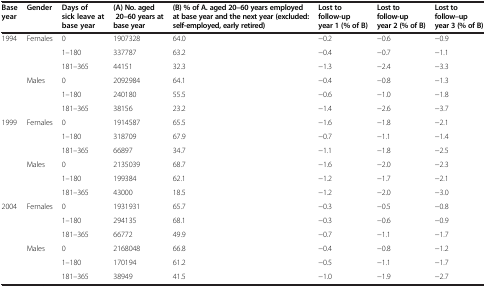
<table><thead><tr><td><b>Base year</b></td><td><b>Gender</b></td><td><b>Days of sick leave at base year</b></td><td><b>(A) No. aged 20–60 years at base year</b></td><td><b>(B) % of A. aged 20–60 years employed at base year and the next year (excluded: self-employed, early retired)</b></td><td><b>Lost to follow-up year 1 (% of B)</b></td><td><b>Lost to follow-up year 2 (% of B)</b></td><td><b>Lost to follow–up year 3 (% of B)</b></td></tr></thead><tbody><tr><td rowspan="6">1994</td><td rowspan="3">Females</td><td>0</td><td>1907328</td><td>64.0</td><td>−0.2</td><td>−0.6</td><td>−0.9</td></tr><tr><td>1–180</td><td>337787</td><td>63.2</td><td>−0.4</td><td>−0.7</td><td>−1.1</td></tr><tr><td>181–365</td><td>44151</td><td>32.3</td><td>−1.3</td><td>−2.4</td><td>−3.3</td></tr><tr><td rowspan="3">Males</td><td>0</td><td>2092984</td><td>64.1</td><td>−0.4</td><td>−0.8</td><td>−1.3</td></tr><tr><td>1–180</td><td>240180</td><td>55.5</td><td>−0.6</td><td>−1.0</td><td>−1.8</td></tr><tr><td>181–365</td><td>38156</td><td>23.2</td><td>−1.4</td><td>−2.6</td><td>−3.7</td></tr><tr><td rowspan="6">1999</td><td rowspan="3">Females</td><td>0</td><td>1914587</td><td>65.5</td><td>−1.6</td><td>−1.8</td><td>−2.1</td></tr><tr><td>1–180</td><td>318709</td><td>67.9</td><td>−0.7</td><td>−1.1</td><td>−1.4</td></tr><tr><td>181–365</td><td>66897</td><td>34.7</td><td>−1.1</td><td>−1.8</td><td>−2.5</td></tr><tr><td rowspan="3">Males</td><td>0</td><td>2135039</td><td>68.7</td><td>−1.6</td><td>−2.0</td><td>−2.3</td></tr><tr><td>1–180</td><td>199384</td><td>62.1</td><td>−1.2</td><td>−1.7</td><td>−2.1</td></tr><tr><td>181–365</td><td>43000</td><td>18.5</td><td>−1.2</td><td>−2.0</td><td>−3.0</td></tr><tr><td rowspan="6">2004</td><td rowspan="3">Females</td><td>0</td><td>1931931</td><td>65.7</td><td>−0.3</td><td>−0.5</td><td>−0.8</td></tr><tr><td>1–180</td><td>294135</td><td>68.1</td><td>−0.3</td><td>−0.6</td><td>−0.9</td></tr><tr><td>181–365</td><td>66772</td><td>49.9</td><td>−0.7</td><td>−1.1</td><td>−1.7</td></tr><tr><td rowspan="3">Males</td><td>0</td><td>2168048</td><td>66.8</td><td>−0.4</td><td>−0.8</td><td>−1.2</td></tr><tr><td>1–180</td><td>170194</td><td>61.2</td><td>−0.5</td><td>−1.1</td><td>−1.7</td></tr><tr><td>181–365</td><td>38949</td><td>41.5</td><td>−1.0</td><td>−1.9</td><td>−2.7</td></tr></tbody></table>